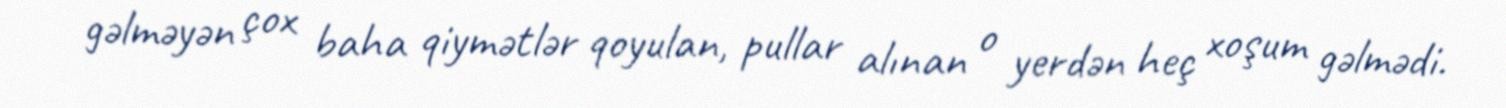
gəlməyən çox baha qiymətlər qoyulan, pullar alınan o yerdən heç xoşum gəlmədi.